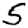
Digit: 5